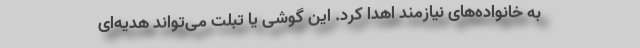
به خانواده‌های نیازمند اهدا کرد. این گوشی یا تبلت می‌تواند هدیه‌ای